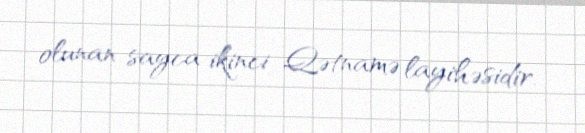
olunan sayca ikinci Qətnamə layihəsidir.